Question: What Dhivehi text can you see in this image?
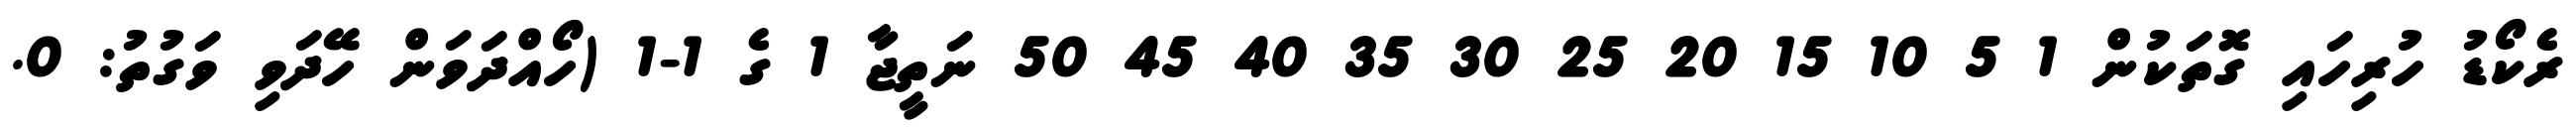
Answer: ރެކޯޑު ހުރިހައި ގޮތަކުން 1 5 10 15 20 25 30 35 40 45 50 ނަތީޖާ 1 ގެ 1-1 (ހޯއްދަވަން ހޭދަވި ވަގުތު: 0.